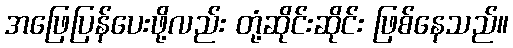
အဖြေပြန်ပေးဖို့လည်း တုံ့ဆိုင်းဆိုင်း ဖြစ်နေသည်။